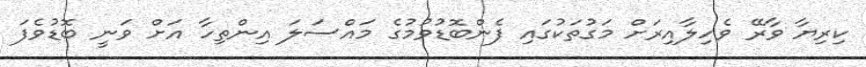
ކިރިޔާ ވާރޭ ވެހިލާއިރަށް މަގުތަކުގައި ފެންބޮޑުވުމުގެ މައްސަލަ އިންތިހާ އަށް ވަނީ ބޮޑުވެފަ